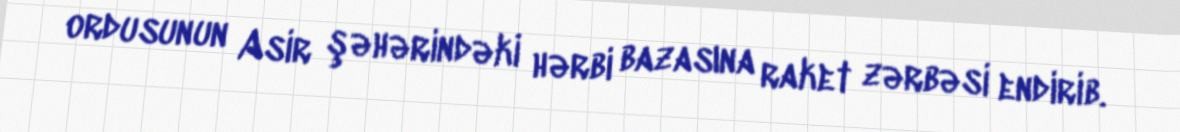
ordusunun Asir şəhərindəki hərbi bazasına raket zərbəsi endirib.